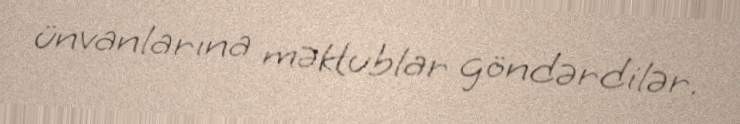
ünvanlarına məktublar göndərdilər.